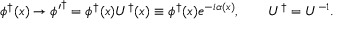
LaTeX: \phi ^ { \dagger } ( x ) \rightarrow \phi { ' } ^ { \dagger } = \phi ^ { \dagger } ( x ) U ^ { \dagger } ( x ) \equiv \phi ^ { \dagger } ( x ) e ^ { - i \alpha ( x ) } , \qquad U ^ { \dagger } = U ^ { - 1 } .